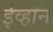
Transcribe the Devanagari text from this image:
ईव्हॉन